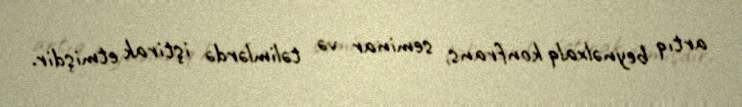
artıq beynəlxalq konfrans, seminar və təlimlərdə iştirak etmişdir.